system: You are a helpful assistant.
user:
Analyze the provided spectrum to determine if it is a **M-type Giant (gM)**.

A M-type Giant spectrum is defined by its **strong molecular absorption** features, particularly from **Titanium Oxide (TiO)**. You must check for one of the following mutually exclusive signatures:

- **Key Visual Indicators (Absorption-Dominated Spectrum):**

    - **(Primary):** The spectrum is dominated by strong molecular absorption from **Titanium Oxide (TiO)**. This is the **defining feature** of its M-type temperature class.
        - **(Key Bandheads):** Look for sharp, "saw-tooth" absorption valleys. The strongest are located near **~7050 Å**, **~6160 Å**, and **~5170 Å**.
        - **(Line Profile):** The "saw-tooth" morphology is critical: a **sharp, steep drop on the BLUE (short-wavelength) side** of the bandhead, followed by a gradual recovery (rising flux) towards the RED (long-wavelength) side.

    - **(Key Confirmation - Giant vs. Dwarf):** **ABSENCE** of strong **Calcium Hydride (CaH)** molecular bands. This is the primary diagnostic for *excluding* M-dwarfs.
        - **(Key Region):** The spectrum should lack the strong, broad absorption band seen in dwarfs between **~6800 Å and ~7000 Å**.

    - **(Secondary Confirmation - Giant):** A very strong and broad **Neutral Calcium (Ca I)** atomic absorption line.
        - **(Key Line):** Located at **~4226 Å**. In a giant (gM), this line is significantly deeper and broader than the same line in an M-dwarf (dM) due to low surface gravity.

    - **(Overall Spectrum):**
        - The continuum is **extremely red-sloping** (i.e., flux is very low in the blue and rises dramatically towards the red).
        - The entire spectrum appears "chopped up" by the deep TiO bands.

Think first, call **spectral_visualization_tool** if needed to examine features in detail, then provide your final answer. Your response must adhere to the following strict rules:
1.  **Overall Structure:** Your response must follow the format `<think>...</think> <tool_call>...</tool_call> (if a tool is used) <answer>...</answer>`.
2.  **Tool Usage Constraint:** You may only make **one** tool call per turn.
3.  **Final Answer Format:** In the `<answer>` tag, your conclusion must be inside a `\boxed{}` command (e.g., `\boxed{YES}` or `\boxed{NO}`), followed by your justification.

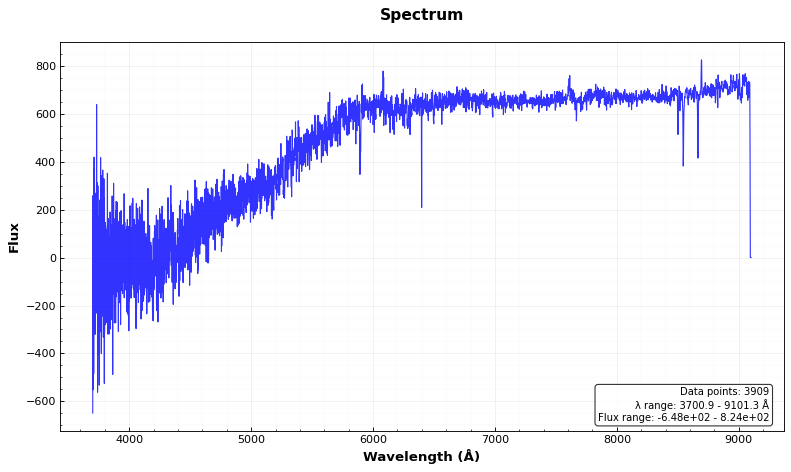
Answer: NO